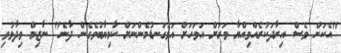
"އެކަން ވެސް އިރާދަކުރެއްވިއްޔާ ވަރަށް އަވަހަށް އަޅުގަނޑުމެންނަށް ކާމިޔާބުވެގެން ދާނެ" ނާޒިމް ވިދާޅުވި